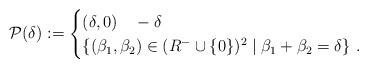
LaTeX: \begin{align*}\mathcal{P}(\delta) := \begin{cases} (\delta, 0) \quad -\delta \\ \{(\beta_1, \beta_2) \in (R^- \cup \{ 0\})^2 \mid \beta_1 + \beta_2 = \delta \} \,\, . \end{cases}\end{align*}